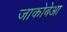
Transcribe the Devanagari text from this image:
जाकोबेआ